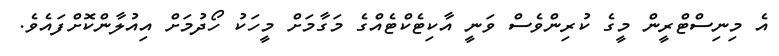
އެ މިނިސްޓްރީން މީގެ ކުރިންވެސް ވަނީ އާކިޓެކްޓެއްގެ މަގާމަށް މީހަކު ހޯދުމަށް އިއުލާންކޮށްފައެވެ.